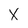
Character: X